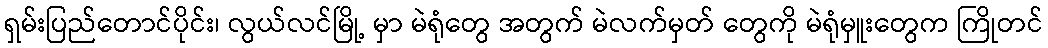
ရှမ်းပြည်တောင်ပိုင်း၊ လွယ်လင်မြို့ မှာ မဲရုံတွေ အတွက် မဲလက်မှတ် တွေကို မဲရုံမှူးတွေက ကြိုတင်